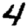
Digit: 4